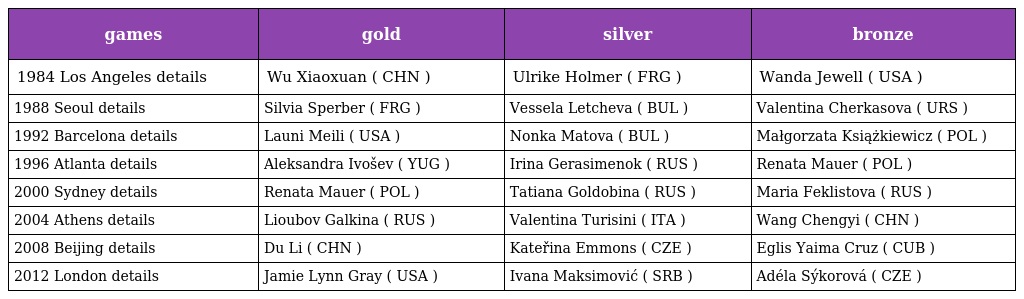
| games | gold | silver | bronze |
 | --- | --- | --- | --- |
 | 1984 Los Angeles details | Wu Xiaoxuan ( CHN ) | Ulrike Holmer ( FRG ) | Wanda Jewell ( USA ) |
 | 1988 Seoul details | Silvia Sperber ( FRG ) | Vessela Letcheva ( BUL ) | Valentina Cherkasova ( URS ) |
 | 1992 Barcelona details | Launi Meili ( USA ) | Nonka Matova ( BUL ) | Małgorzata Książkiewicz ( POL ) |
 | 1996 Atlanta details | Aleksandra Ivošev ( YUG ) | Irina Gerasimenok ( RUS ) | Renata Mauer ( POL ) |
 | 2000 Sydney details | Renata Mauer ( POL ) | Tatiana Goldobina ( RUS ) | Maria Feklistova ( RUS ) |
 | 2004 Athens details | Lioubov Galkina ( RUS ) | Valentina Turisini ( ITA ) | Wang Chengyi ( CHN ) |
 | 2008 Beijing details | Du Li ( CHN ) | Kateřina Emmons ( CZE ) | Eglis Yaima Cruz ( CUB ) |
 | 2012 London details | Jamie Lynn Gray ( USA ) | Ivana Maksimović ( SRB ) | Adéla Sýkorová ( CZE ) |